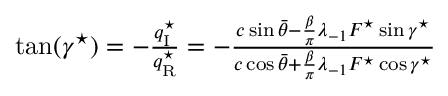
\begin{array} { r } { \tan ( \gamma ^ { \star } ) = - \frac { q _ { \mathrm { { I } } } ^ { \star } } { q _ { \mathrm { { R } } } ^ { \star } } = - \frac { c \sin \bar { \theta } - { \frac { \beta } { \pi } } \lambda _ { \mathrm { - } 1 } F ^ { \star } \sin \gamma ^ { \star } } { c \cos \bar { \theta } + { \frac { \beta } { \pi } } \lambda _ { \mathrm { - } 1 } F ^ { \star } \cos \gamma ^ { \star } } } \end{array}